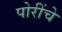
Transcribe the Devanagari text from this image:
पोरींचे